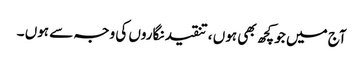
آج میں جو کچھ بھی ہوں ، تنقید نگاروں کی وجہ سے ہوں ۔